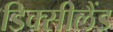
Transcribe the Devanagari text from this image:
डिक्सीलैंड